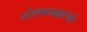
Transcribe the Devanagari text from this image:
शेतमळ्य़ांची